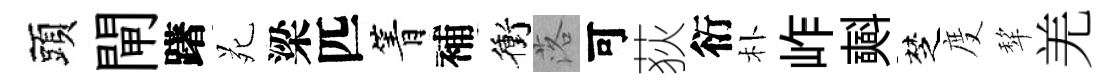
頭閘躇苑梁匹箐補衝落可荻衍朴岞𣂏椘度犂羌